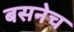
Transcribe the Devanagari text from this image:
बसनेच